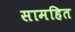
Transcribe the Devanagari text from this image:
सामहित